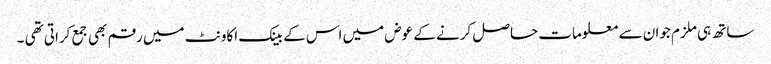
ساتھ ہی ملزم جوان سے معلومات حاصل کرنے کے عوض میں اس کے بینک اکاونٹ میں رقم بھی جمع کراتی تھی ۔